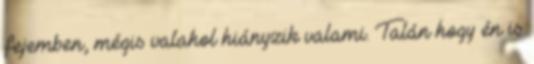
fejemben, mégis valahol hiányzik valami. Talán hogy én is